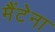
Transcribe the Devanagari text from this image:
मैंटेना